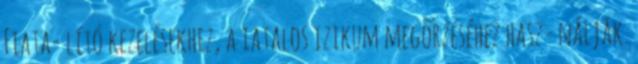
Fiata- lító kezelésekhez, a iatalos izikum megőrzéséhez hasz- nálják.